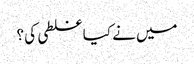
میں نے کیا غلطی کی ؟